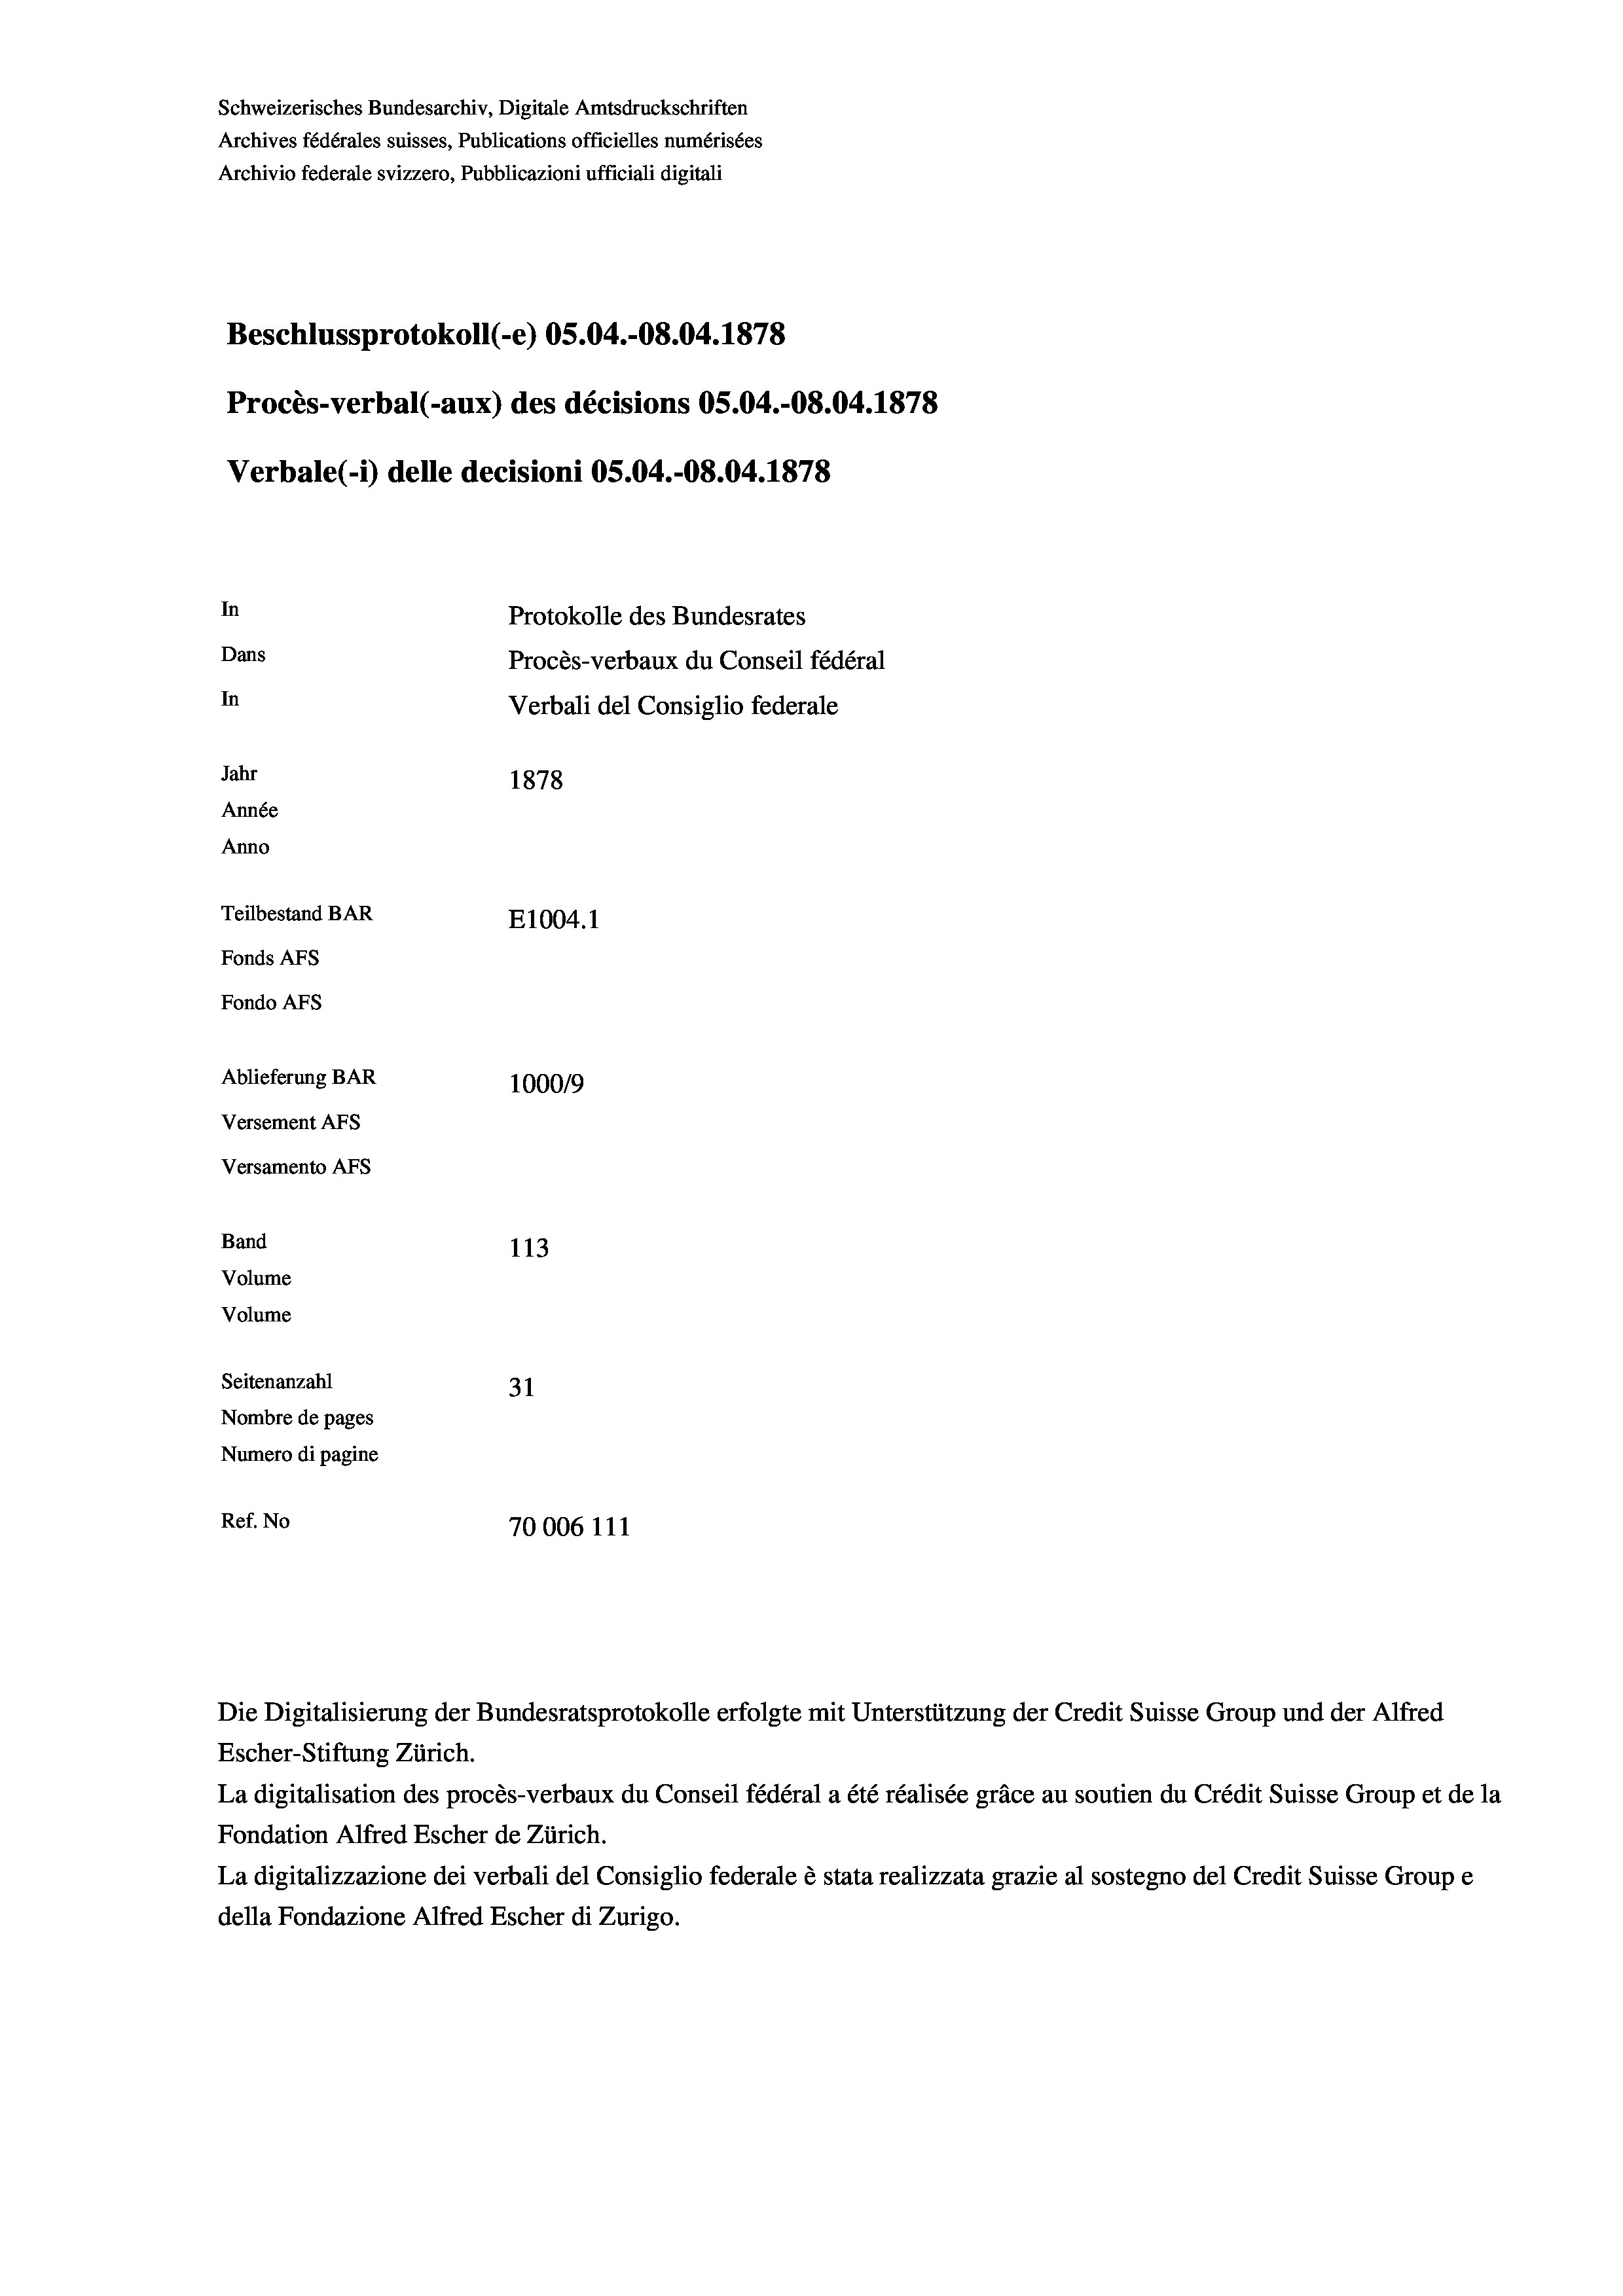
Schweizerisches Bundesarchiv, Digitale Amtsdruckschriften
Archives fédérales suisses, Publications officielles numérisées
Archivio federale svizzero, Pubblicazioni ufficiali digitali
Beschlussprotokoll (-e) OS.04.-08.04. 1878
Procès-verbal (-aux) des décisions OS.04.-O8.04. 1878
Verbale (i) delle decisioni OS.04.-O8.04. 1878
In
Protokolle des Bundesrates
Dans
Procès-verbaux du Conseil fédéral
In
Verbali del Consiglio federale
Jahr
1878
Année
Anno
Teilbestand BAR
E1004. 1
Fonds AFs
Fondo Afs
Ablieferung BAR
100019
Versement AFs
Versamento AFS
Band
113
Volume
Volume
Seitenanzahl
31
Nombre de pages
Numero di pagine
Ref. No
70006 111

Escher-Stiftung Zürich.
La digitalisation des procès-verbaux du Conseil fédéral a été réalisée gräce au soutien du Crédit Suisse Group et de la
Fondation Alfred Escher de Zürich.
La digitalizzazione dei verbali del Consiglio federale è stata realizzata grazie al sostegno del Credit Suisse Groupe
della Fondazione Alfred Escher di Zurigo.

Die Digitalisierung der Bundesratsprotokolle erfolgte mit Unterstützung der Credit Suisse Group und der Alfred